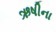
ઋષીના